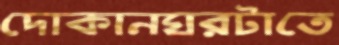
দোকানঘরটাতে